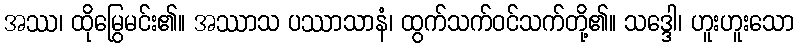
အဿ၊ ထိုမြွေမင်း၏။ အဿာသ ပဿာသာနံ၊ ထွက်သက်ဝင်သက်တို့၏။ သဒ္ဒေါ၊ ဟူးဟူးသော